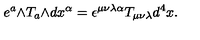
e ^ { a } \mathrm { \tiny \wedge } T _ { a } \mathrm { \tiny \wedge } d x ^ { \alpha } = \epsilon ^ { \mu \nu \lambda \alpha } T _ { \mu \nu \lambda } d ^ { 4 } x .